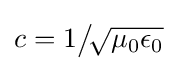
c=1{\big /}\!{\sqrt {\mu _{0}\epsilon _{0}}}